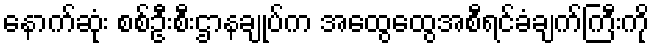
နောက်ဆုံး စစ်ဦးစီးဌာနချုပ်က အထွေထွေအစီရင်ခံချက်ကြီးကို